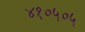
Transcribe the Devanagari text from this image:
४१०५०५